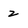
Character: z